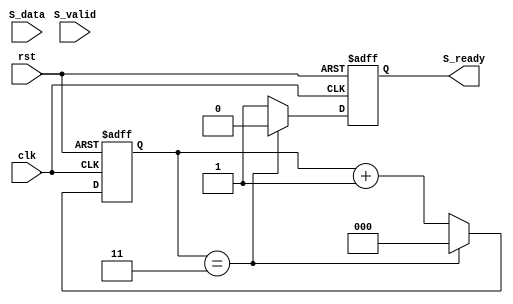
module Slave(
input 			clk,
input 			rst,

output 			S_ready,
input	[7:0]	S_data,
input 			S_valid

	);
reg				S_ready_r;
reg				S_ready_r2;
reg 	[7:0]	S_data_r;
reg 	[2:0]	S_ready_cnt;
reg             S_valid_r;


always @(posedge clk or posedge rst) begin
    if(rst)begin
        S_ready_r2 <= 1'b0;
        S_valid_r <= 1'b0;
    end
    else begin
        S_ready_r2<= S_ready_r;
        S_valid_r<= S_valid;
    end
end
//S_ready
always @(posedge clk or posedge rst) begin
	if (rst) begin
		// reset
		S_ready_r <= 1'b0;
		S_ready_cnt <= 3'b0;
	end
	else if (S_ready_cnt == 3) begin
		S_ready_cnt <= 3'b0;
		S_ready_r <= 1'b0;
	end
	else begin
		S_ready_cnt <= S_ready_cnt +3'b1;
		S_ready_r <= 1'b1;
	end
end

//data
always @(posedge clk or posedge rst) begin
	if (rst) begin
		// reset
		S_data_r <= 8'b0;
	end
	else if (S_valid_r==1 && S_ready_r2==1) begin
		S_data_r <= S_data;
	end
end

assign S_ready = S_ready_r;

endmodule